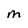
Character: M